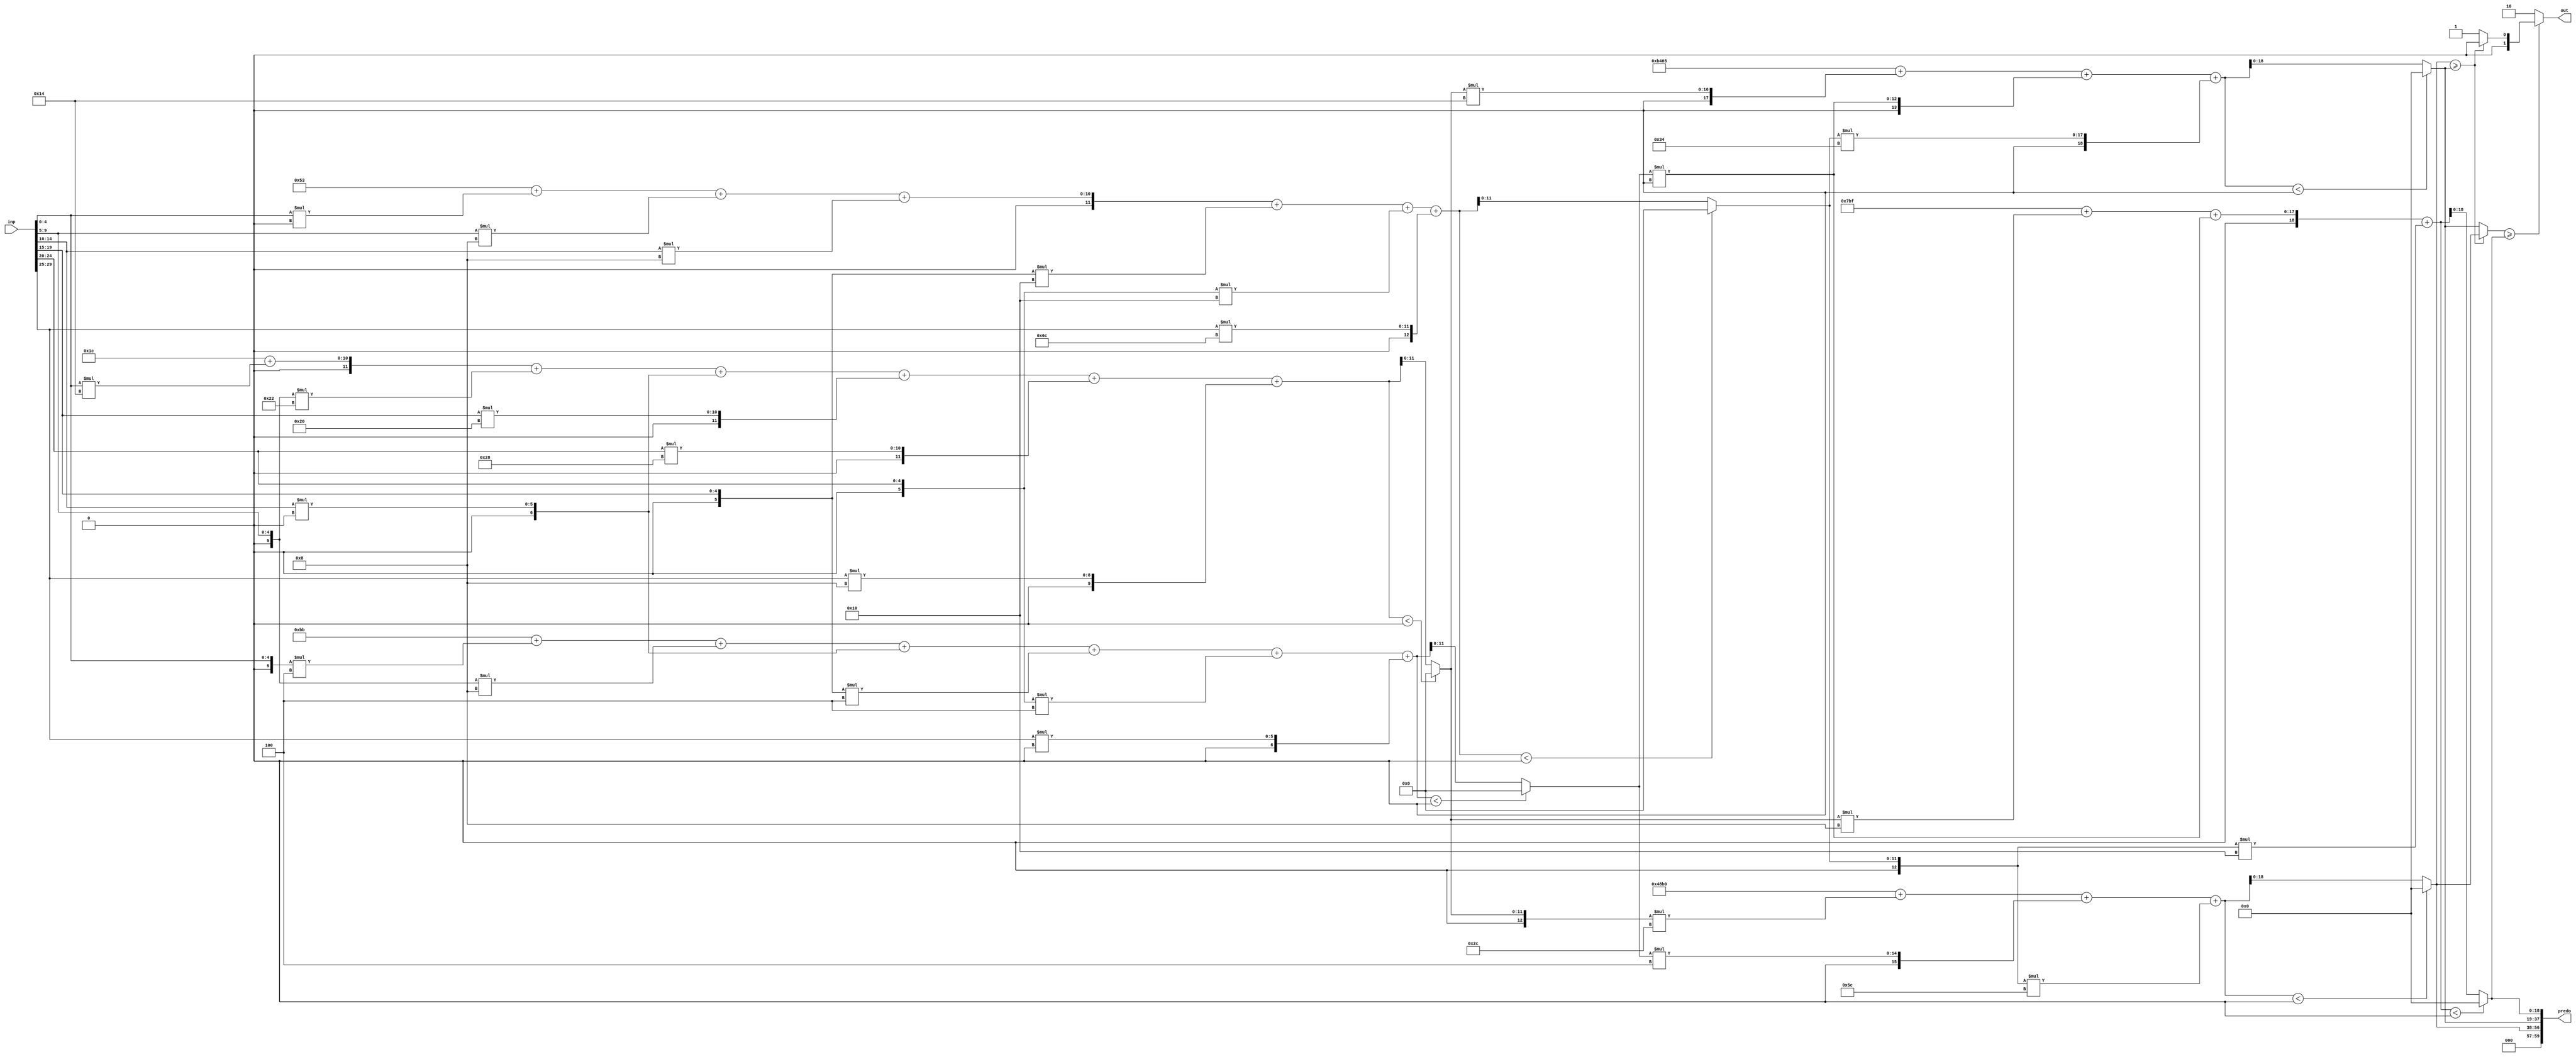
//weights: [[[20, -30, 0, 32, 40, 8], [-4, -8, 0, -4, -4, 0], [0, 8, 8, -16, -16, 108]], [[-20, 4, -36], [20, 0, 52], [8, 0, -16]]]
//intercepts: [[28, -69, 83], [18608, -19355, 1983]]
//act size: [5, 12, 19]
//pred num: 3
module top (inp, predo, out);
input [29:0] inp;
output [59:0] predo;
output [1:0] out;

// layer: 0 - neuron: 0
    wire signed [12:0] n_0_0_po_0;
    //weight 20: 8'sb00010100
    assign n_0_0_po_0 = $signed({1'b0, inp[4:0]}) * 8'sb00010100;

    wire signed [12:0] n_0_0_po_1;
    //weight -30: 8'sb11100010
    assign n_0_0_po_1 = $signed({1'b0, inp[9:5]}) * 8'sb11100010;

    wire signed [12:0] n_0_0_po_2;
    //weight 0: 8'sb00000000
    assign n_0_0_po_2 = $signed({1'b0, inp[14:10]}) * 8'sb00000000;

    wire signed [12:0] n_0_0_po_3;
    //weight 32: 8'sb00100000
    assign n_0_0_po_3 = $signed({1'b0, inp[19:15]}) * 8'sb00100000;

    wire signed [12:0] n_0_0_po_4;
    //weight 40: 8'sb00101000
    assign n_0_0_po_4 = $signed({1'b0, inp[24:20]}) * 8'sb00101000;

    wire signed [12:0] n_0_0_po_5;
    //weight 8: 8'sb00001000
    assign n_0_0_po_5 = $signed({1'b0, inp[29:25]}) * 8'sb00001000;

    wire signed [12:0] n_0_0_sum;
    assign n_0_0_sum = 28 + n_0_0_po_0 + n_0_0_po_1 + n_0_0_po_2 + n_0_0_po_3 + n_0_0_po_4 + n_0_0_po_5;
    //relu
    wire [11:0] n_0_0;
    assign n_0_0 = (n_0_0_sum<0) ? $unsigned({12{1'b0}}) : $unsigned(n_0_0_sum[11:0]);

// layer: 0 - neuron: 1
    wire signed [12:0] n_0_1_po_0;
    //weight -4: 8'sb11111100
    assign n_0_1_po_0 = $signed({1'b0, inp[4:0]}) * 8'sb11111100;

    wire signed [12:0] n_0_1_po_1;
    //weight -8: 8'sb11111000
    assign n_0_1_po_1 = $signed({1'b0, inp[9:5]}) * 8'sb11111000;

    wire signed [12:0] n_0_1_po_2;
    //weight 0: 8'sb00000000
    assign n_0_1_po_2 = $signed({1'b0, inp[14:10]}) * 8'sb00000000;

    wire signed [12:0] n_0_1_po_3;
    //weight -4: 8'sb11111100
    assign n_0_1_po_3 = $signed({1'b0, inp[19:15]}) * 8'sb11111100;

    wire signed [12:0] n_0_1_po_4;
    //weight -4: 8'sb11111100
    assign n_0_1_po_4 = $signed({1'b0, inp[24:20]}) * 8'sb11111100;

    wire signed [12:0] n_0_1_po_5;
    //weight 0: 8'sb00000000
    assign n_0_1_po_5 = $signed({1'b0, inp[29:25]}) * 8'sb00000000;

    wire signed [12:0] n_0_1_sum;
    assign n_0_1_sum = -69 + n_0_1_po_0 + n_0_1_po_1 + n_0_1_po_2 + n_0_1_po_3 + n_0_1_po_4 + n_0_1_po_5;
    //relu
    wire [11:0] n_0_1;
    assign n_0_1 = (n_0_1_sum<0) ? $unsigned({12{1'b0}}) : $unsigned(n_0_1_sum[11:0]);

// layer: 0 - neuron: 2
    wire signed [12:0] n_0_2_po_0;
    //weight 0: 8'sb00000000
    assign n_0_2_po_0 = $signed({1'b0, inp[4:0]}) * 8'sb00000000;

    wire signed [12:0] n_0_2_po_1;
    //weight 8: 8'sb00001000
    assign n_0_2_po_1 = $signed({1'b0, inp[9:5]}) * 8'sb00001000;

    wire signed [12:0] n_0_2_po_2;
    //weight 8: 8'sb00001000
    assign n_0_2_po_2 = $signed({1'b0, inp[14:10]}) * 8'sb00001000;

    wire signed [12:0] n_0_2_po_3;
    //weight -16: 8'sb11110000
    assign n_0_2_po_3 = $signed({1'b0, inp[19:15]}) * 8'sb11110000;

    wire signed [12:0] n_0_2_po_4;
    //weight -16: 8'sb11110000
    assign n_0_2_po_4 = $signed({1'b0, inp[24:20]}) * 8'sb11110000;

    wire signed [12:0] n_0_2_po_5;
    //weight 108: 8'sb01101100
    assign n_0_2_po_5 = $signed({1'b0, inp[29:25]}) * 8'sb01101100;

    wire signed [12:0] n_0_2_sum;
    assign n_0_2_sum = 83 + n_0_2_po_0 + n_0_2_po_1 + n_0_2_po_2 + n_0_2_po_3 + n_0_2_po_4 + n_0_2_po_5;
    //relu
    wire [11:0] n_0_2;
    assign n_0_2 = (n_0_2_sum<0) ? $unsigned({12{1'b0}}) : $unsigned(n_0_2_sum[11:0]);

// layer: 1 - neuron: 0
    wire signed [19:0] n_1_0_po_0;
    //weight -20: 8'sb11101100
    assign n_1_0_po_0 = $signed({1'b0, n_0_0}) * 8'sb11101100;

    wire signed [19:0] n_1_0_po_1;
    //weight 4: 8'sb00000100
    assign n_1_0_po_1 = $signed({1'b0, n_0_1}) * 8'sb00000100;

    wire signed [19:0] n_1_0_po_2;
    //weight -36: 8'sb11011100
    assign n_1_0_po_2 = $signed({1'b0, n_0_2}) * 8'sb11011100;

    wire signed [19:0] n_1_0_sum;
    assign n_1_0_sum = 18608 + n_1_0_po_0 + n_1_0_po_1 + n_1_0_po_2;
    //relu
    wire [18:0] n_1_0;
    assign n_1_0 = (n_1_0_sum<0) ? $unsigned({19{1'b0}}) : $unsigned(n_1_0_sum[18:0]);

// layer: 1 - neuron: 1
    wire signed [19:0] n_1_1_po_0;
    //weight 20: 8'sb00010100
    assign n_1_1_po_0 = $signed({1'b0, n_0_0}) * 8'sb00010100;

    wire signed [19:0] n_1_1_po_1;
    //weight 0: 8'sb00000000
    assign n_1_1_po_1 = $signed({1'b0, n_0_1}) * 8'sb00000000;

    wire signed [19:0] n_1_1_po_2;
    //weight 52: 8'sb00110100
    assign n_1_1_po_2 = $signed({1'b0, n_0_2}) * 8'sb00110100;

    wire signed [19:0] n_1_1_sum;
    assign n_1_1_sum = -19355 + n_1_1_po_0 + n_1_1_po_1 + n_1_1_po_2;
    //relu
    wire [18:0] n_1_1;
    assign n_1_1 = (n_1_1_sum<0) ? $unsigned({19{1'b0}}) : $unsigned(n_1_1_sum[18:0]);

// layer: 1 - neuron: 2
    wire signed [19:0] n_1_2_po_0;
    //weight 8: 8'sb00001000
    assign n_1_2_po_0 = $signed({1'b0, n_0_0}) * 8'sb00001000;

    wire signed [19:0] n_1_2_po_1;
    //weight 0: 8'sb00000000
    assign n_1_2_po_1 = $signed({1'b0, n_0_1}) * 8'sb00000000;

    wire signed [19:0] n_1_2_po_2;
    //weight -16: 8'sb11110000
    assign n_1_2_po_2 = $signed({1'b0, n_0_2}) * 8'sb11110000;

    wire signed [19:0] n_1_2_sum;
    assign n_1_2_sum = 1983 + n_1_2_po_0 + n_1_2_po_1 + n_1_2_po_2;
    //relu
    wire [18:0] n_1_2;
    assign n_1_2 = (n_1_2_sum<0) ? $unsigned({19{1'b0}}) : $unsigned(n_1_2_sum[18:0]);

    assign predo = {n_1_0,n_1_1,n_1_2};
// argmax: 3 classes, need 2 bits
// argmax inp: n_1_0, n_1_1, n_1_2
    //comp level 0
    wire cmp_0_0;
    wire [19:0] argmax_val_0_0;
    wire [1:0] argmax_idx_0_0;
    assign {cmp_0_0} = ( n_1_0 >= n_1_1 );
    assign {argmax_val_0_0} = ( cmp_0_0 ) ? n_1_0 : n_1_1;
    assign {argmax_idx_0_0} = ( cmp_0_0 ) ? 2'b00 : 2'b01;

    //comp level 1
    wire cmp_1_0;
    wire [19:0] argmax_val_1_0;
    wire [1:0] argmax_idx_1_0;
    assign {cmp_1_0} = ( argmax_val_0_0 >= n_1_2 );
    assign {argmax_val_1_0} = ( cmp_1_0 ) ? argmax_val_0_0 : n_1_2;
    assign {argmax_idx_1_0} = ( cmp_1_0 ) ? argmax_idx_0_0 : 2'b10;

    assign out = argmax_idx_1_0;

endmodule